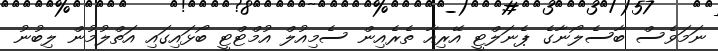
ނަމަވެސް ބާސެލޯނާގެ ޕެނަލްޓީ އޭރިއާ ތެރެއިން ސެމިއުލް އުމްޓްޓީ ބޯޅައިގައި އަތްލުމުން ލިބުނު